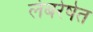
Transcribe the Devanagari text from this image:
लंबरेषेत